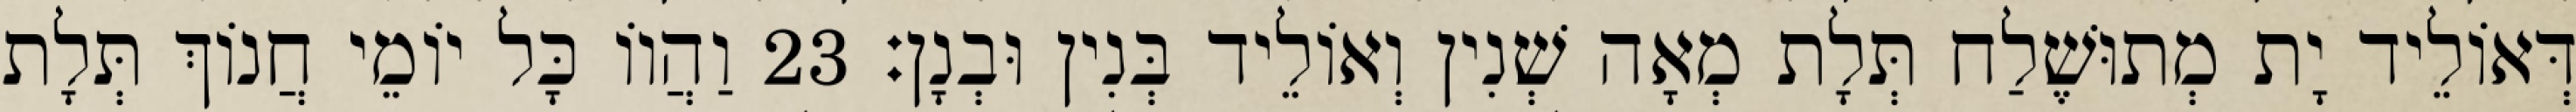
דְּאוֹלֵיד יָת מְתוּשֶׁלַח תְּלָת מְאָה שְׁנִין וְאוֹלֵיד בְּנִין וּבְנָן׃ 23 וַהֲווֹ כָּל יוֹמֵי חֲנוֹךְ תְּלָת